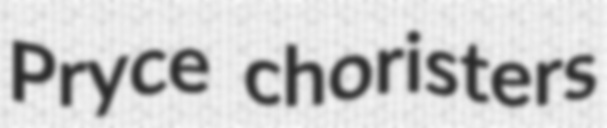
Pryce choristers